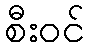
စီးဝင်